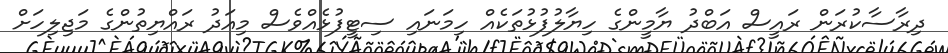
ދިރާސާކުރަން ރައީސް އަބްދު ޔާމީންގެ ހިޔާލުފުޅުތަކެއް ހިމަނައި ސިޓީފުޅެއްވެސް މިއަދު ރައްޔިތުންގެ މަޖިލިހަށް